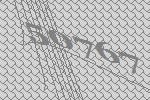
50767